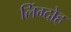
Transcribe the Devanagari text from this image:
लिंग्दोह